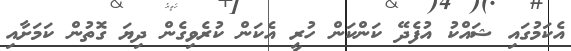
އެކަމުގައި ޝައްކު އުފެދޭ ކަންކަން ހުރީ އެކަން ކުރެވިގެން ދިޔަ ގޮތުން ކަމަށާއި